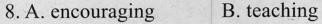
8.A. encouraging B. teaching